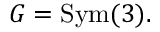
G = { \mathrm { S y m } } ( 3 ) .